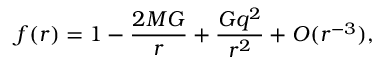
f ( r ) = 1 - \frac { 2 M G } { r } + \frac { G q ^ { 2 } } { r ^ { 2 } } + { \cal O } ( r ^ { - 3 } ) ,